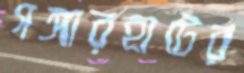
গঙ্গারহাটের